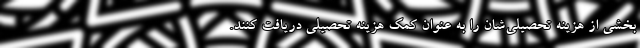
بخشی از هزینه تحصیلی‌شان را به عنوان کمک هزینه تحصیلی دریافت کنند.